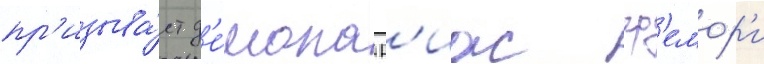
пр'изыва́ет д'е́мона р'иас гр'емор'и